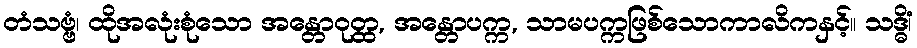
တံသဗ္ဗံ၊ ထိုအလုံးစုံသော အန္တောဝုတ္ထ, အန္တောပက္က, သာမပက္ကဖြစ်သောကာလိကနှင့်။ သဒ္ဓိံ၊